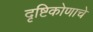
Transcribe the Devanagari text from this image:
दृष्टिकोणाचे